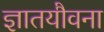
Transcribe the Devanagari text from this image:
ज्ञातयौवना